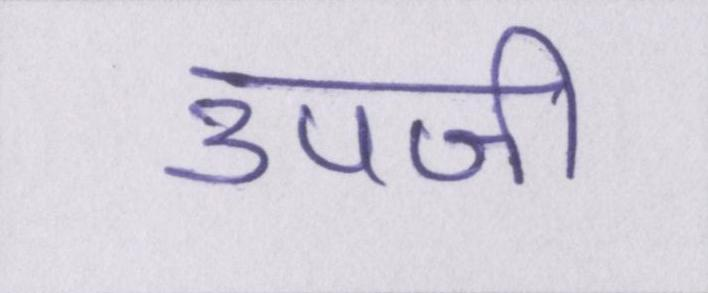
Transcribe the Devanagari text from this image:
उपजी